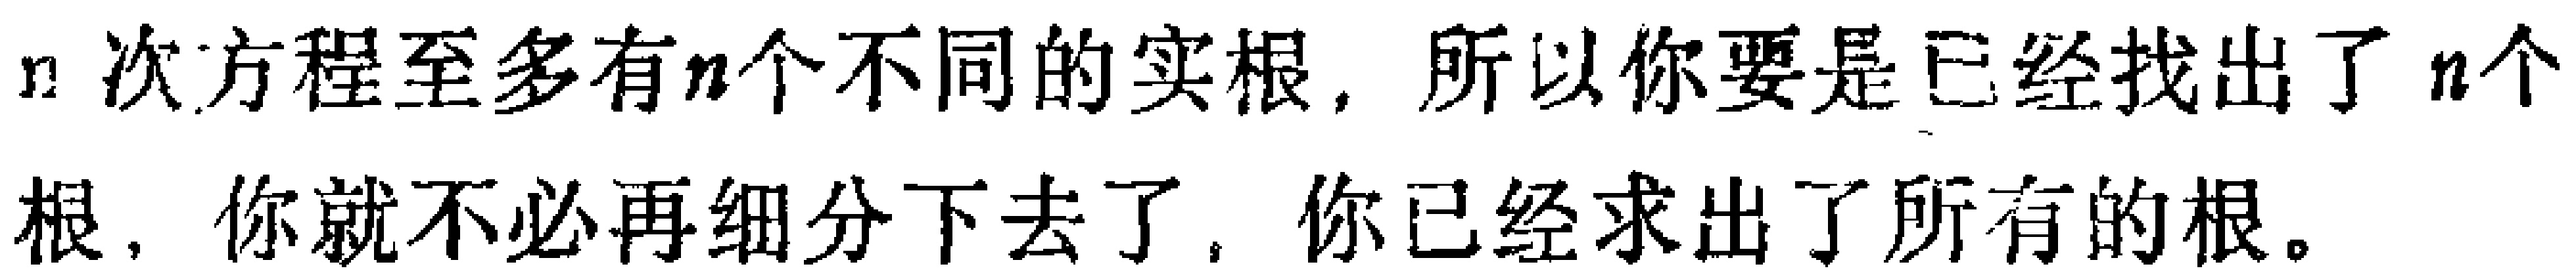
$n$ 次方程至多有$n$个不同的实根，所以你要是已经找出了$n$个根，你就不必再细分下去了，你已经求出了所有的根。